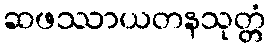
ဆဖဿာယတနသုတ္တံ